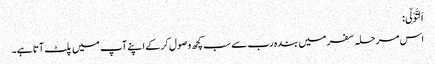
اَلتَّوَلِّی:
اس مرحلہ سفر میں بندہ رب سے سب کچھ وصول کر کے اپنے آپ میں پلٹ آتا ہے۔